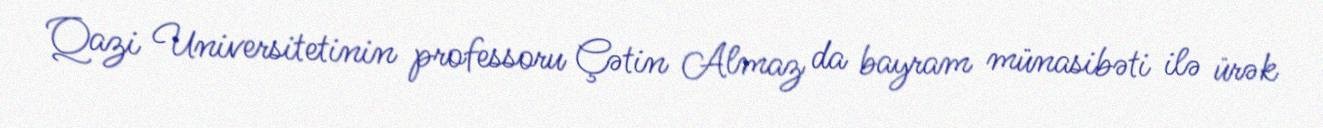
Qazi Universitetinin professoru Çətin Almaz da bayram münasibəti ilə ürək